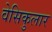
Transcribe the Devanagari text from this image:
वेसिकुलार